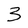
Character: 3